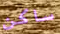
ساكن